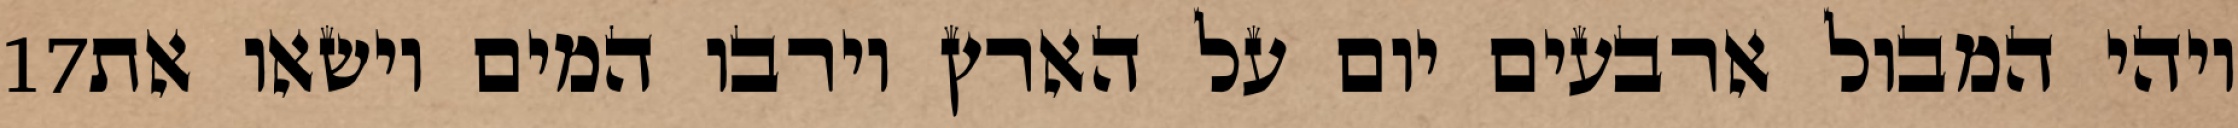
‎17‏ ויהי המבול ארבעים יום על הארץ וירבו המים וישאו את